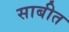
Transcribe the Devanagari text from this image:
साबीत